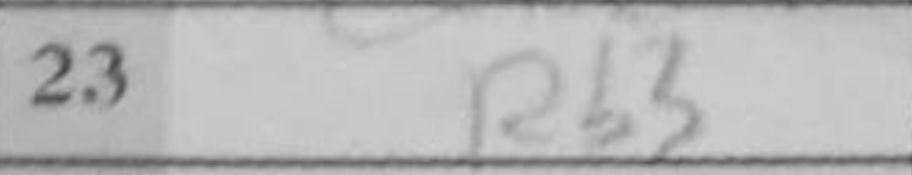
Transcription: Rb3